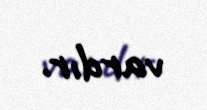
vardır.